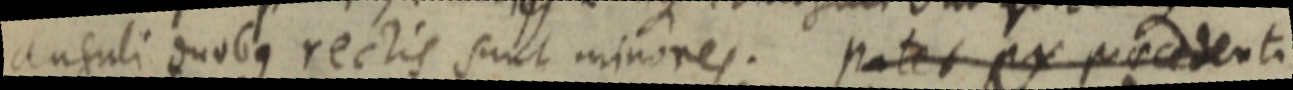
anguli duobus rectis sunt minores. patet ex praecedenti